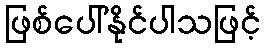
ဖြစ်ပေါ်နိုင်ပါသဖြင့်